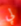
لي